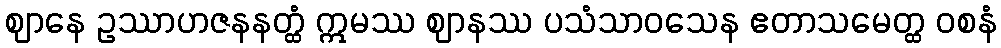
ဈာနေ ဥဿာဟဇနနတ္ထံ ဣမဿ ဈာနဿ ပသံသာဝသေန ဧတာသမေတ္ထ ဝစနံ